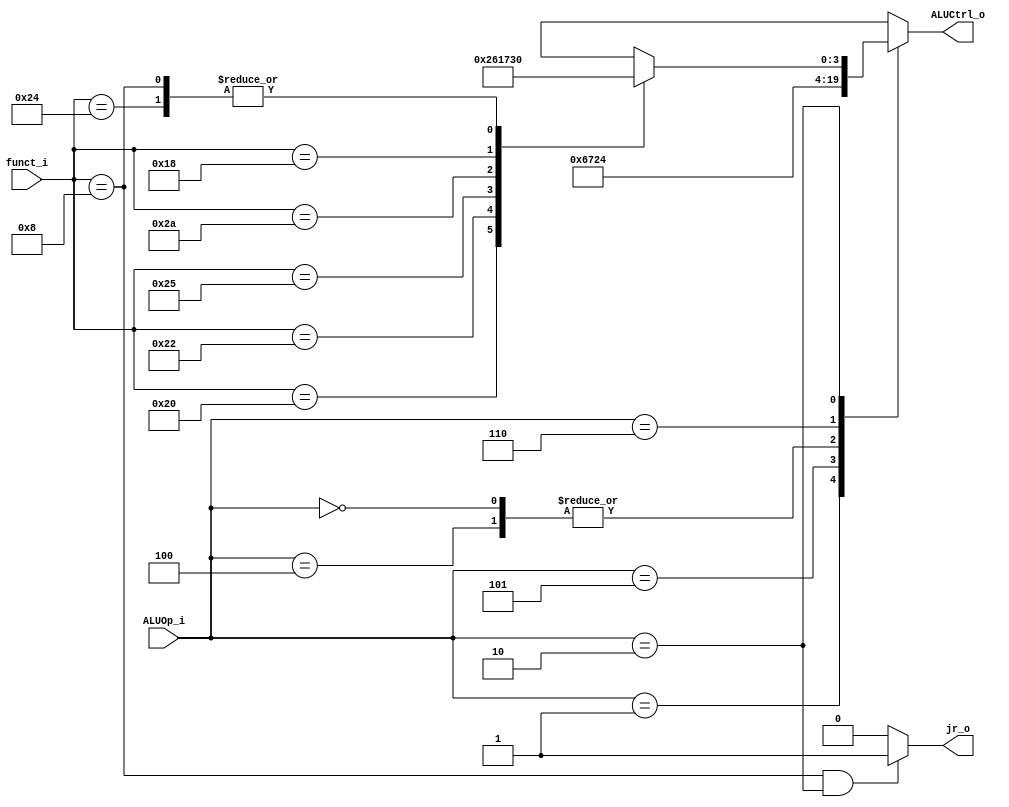
//Subject:     CO project 3 - ALU Controller
//--------------------------------------------------------------------------------
//Version:     2
//--------------------------------------------------------------------------------
//Writer:      0116055 Huang Szuyi
//----------------------------------------------
//----------------------------------------------
//Description: ALU_Controler
//--------------------------------------------------------------------------------

module ALU_Ctrl(
          funct_i,
          ALUOp_i,
          jr_o,
          ALUCtrl_o
          );

//I/O ports
input      [6-1:0] funct_i;
input      [3-1:0] ALUOp_i;

output     [4-1:0] ALUCtrl_o;
output             jr_o;

//Internal Signals
reg        [4-1:0] ALUCtrl_o;
reg                jr_o;

//Parameter
parameter  R_type   = 3'b010;
parameter  BEQ      = 3'b001;
parameter  ADDi     = 3'b100;
parameter  SLTi     = 3'b101;
parameter  LWSW     = 3'b000;
parameter  BEZ      = 3'b110;

parameter  ADD      = 6'b100000;
parameter  SUB      = 6'b100010;
parameter  AND      = 6'b100100;
parameter  OR       = 6'b100101;
parameter  SLT      = 6'b101010;
parameter  MUL      = 6'b011000;
parameter  JR       = 6'b001000;

parameter  ALU_AND  = 4'b0000;
parameter  ALU_OR   = 4'b0001;
parameter  ALU_ADD  = 4'b0010;
parameter  ALU_SUB  = 4'b0110;
parameter  ALU_MUL  = 4'b0011;
parameter  ALU_NOR  = 4'b1100;
parameter  ALU_NAND = 4'b1101;
parameter  ALU_SLT  = 4'b0111;
parameter  ALU_LI   = 4'b0100;

//Select exact operation

always @(funct_i, ALUOp_i) begin
  case (ALUOp_i)
    BEQ:      ALUCtrl_o = ALU_SUB;
    ADDi:     ALUCtrl_o = ALU_ADD;
    SLTi:     ALUCtrl_o = ALU_SLT;
    LWSW:     ALUCtrl_o = ALU_ADD;
    BEZ:      ALUCtrl_o = ALU_LI;
    R_type: begin
      case (funct_i)
        ADD:  ALUCtrl_o = ALU_ADD;
        SUB:  ALUCtrl_o = ALU_SUB;
        AND:  ALUCtrl_o = ALU_AND;
        OR:   ALUCtrl_o = ALU_OR;
        SLT:  ALUCtrl_o = ALU_SLT;
        MUL:  ALUCtrl_o = ALU_MUL;
        JR:   ALUCtrl_o = ALU_AND;
        default: ALUCtrl_o = 4'bxxxx;
      endcase
    end
    default:  ALUCtrl_o = 4'bxxxx;
  endcase
end

always @(*) begin
  if (funct_i == JR && ALUOp_i == R_type)
    jr_o = 1;
  else
    jr_o = 0;
end

endmodule